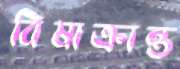
বিষাক্রান্ত